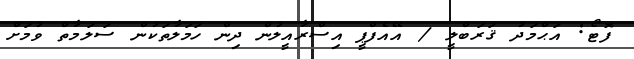
ފޮޓޯ: އަޙްމަދު ޤަރަބްލީ / އޭއެފްޕީ އިސްރާއީލުން ދިން ހަމަލާތަކުން ސަލަމާތް ވުމަށް